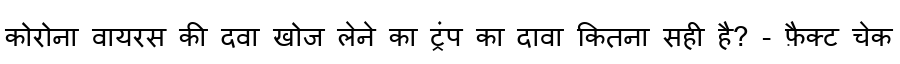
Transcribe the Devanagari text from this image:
कोरोना वायरस की दवा खोज लेने का ट्रंप का दावा कितना सही है? - फ़ैक्ट चेक